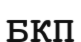
БКП